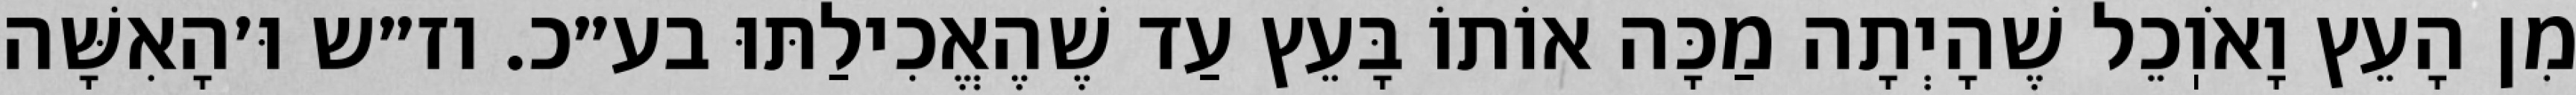
מִן הָעֵץ וָאֹוֽכֵל שֶׁהָיְתָה מַכָּה אוֹתוֹ בָּעֵץ עַד שֶׁהֶאֱכִילַתּוּ בע״כ. וז״ש וּ׳הָאִשָּׁה